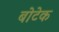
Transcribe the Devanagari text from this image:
बोटेक